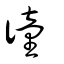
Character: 徸